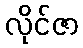
လိုင်ဇာ